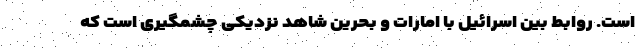
است. روابط بین اسرائیل با امارات و بحرین شاهد نزدیکی چشمگیری است که